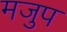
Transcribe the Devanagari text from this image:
मजुप